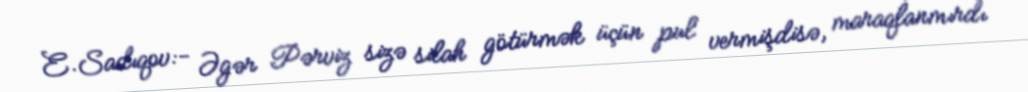
E.Sadıqov:- Əgər Pərviz sizə silah götürmək üçün pul vermişdisə, maraqlanmırdı